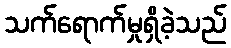
သက်ရောက်မှုရှိခဲ့သည်